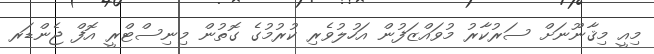
މިއީ މިޤާނޫނަށް ސަރުކާރު މުވައްޒަފުން އަހުލުވެރި ކުރުމުގެ ގޮތުން މިނިސްޓްރީ އޮފް ޖެންޑަރ